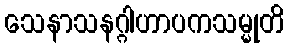
သေနာသနဂ္ဂါဟာပကသမ္မုတိ